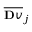
\overline { { \mathbf Ḋ v Ḍ } } _ { j }